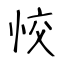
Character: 恔